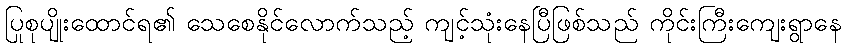
ပြုစုပျိုးထောင်ရ၏ သေစေနိုင်လောက်သည့် ကျင့်သုံးနေပြီဖြစ်သည် ကိုင်းကြီးကျေးရွာနေ